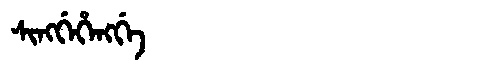
Manchu: ᠰᡳᠩᡤᡝᡥᡝᠩᡤᡝ
Romanization: SINGGEHENGGE